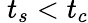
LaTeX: ~t_{s}<t_{c}